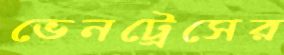
ভেনট্রেসের